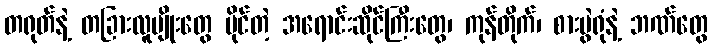
တရုတ်နဲ့ တခြားလူမျိုးတွေ ပိုင်တဲ့ အရောင်းဆိုင်ကြီးတွေ၊ ကုန်တိုက်၊ စားပွဲရုံနဲ့ ဘဏ်တွေ